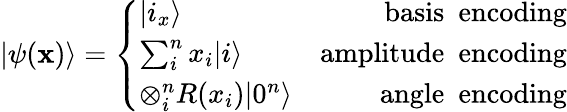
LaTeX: |\psi(\mathbf{x})\rangle=\left\{ \begin{array}{lr}{|i_{x}\rangle}&{\mathrm{basis~\ encoding}}\\ {\sum_{i}^{n}x_{i}|i\rangle}&{\mathrm{amplitude~\ encoding}}\\ {\otimes_{i}^{n}R(x_{i})|0^{n}\rangle}&{\mathrm{angle~\ encoding}}\end{array}\right.